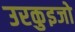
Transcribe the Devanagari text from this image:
उरकुइजो